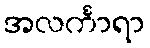
အလင်္ကာရာ